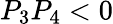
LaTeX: P_{3}P_{4}<0